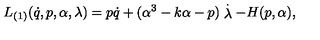
L _ { ( 1 ) } ( \dot { q } , p , \alpha , \lambda ) = p \dot { q } + ( \alpha ^ { 3 } - k \alpha - p ) \stackrel { . } { \lambda } - H ( p , \alpha ) ,